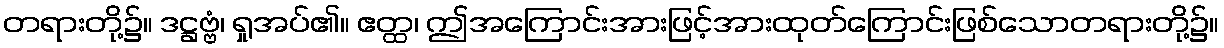
တရားတို့၌။ ဒဋ္ဌဗ္ဗံ၊ ရှုအပ်၏။ ဧတ္ထ၊ ဤအကြောင်းအားဖြင့်အားထုတ်ကြောင်းဖြစ်သောတရားတို့၌။